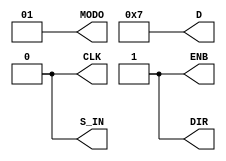
module probador
  ( 
    output reg 	     CLK,
    output reg 	     ENB,
    output reg 	     DIR,
    output reg 	     S_IN,
    output reg [1:0] MODO,
    output reg [3:0] D
    );


   initial
     begin

        CLK <= 0;
        ENB <= 0;
        S_IN <= 1;
	D <= 4'b0000;
        MODO <= 2'b10;
        DIR <= 0;

	#42 ENB <= 1;

        #10 $display("   Parallel charge");
        #30 D <= 4'b0001;
        #30 D <= 4'b0011;
        #30 D <= 4'b0111;
        #30 D <= 4'b1111;
	
        //Rotation to the left
        #100 $display("    Rotation to the left");
        D <= 4'b0000;
        MODO <= 2'b10;

        #100 MODO <= 2'b00;

        //Rotation to the right
        #200 $display("   Rotation to the right");
        DIR <= 1;
        S_IN <= 0;

        //Circular rotation to the left
        #200 $display("   Circular rotation to the left");
        MODO <= 2'b10;
        D <= 4'b0111;

        #200 MODO <= 2'b01;
        DIR <= 0;

        //Circular rotation to the right
        #200 $display("   Circular rotation to the right");
        DIR <= 1;

     end

   
   always
     begin
        #20 CLK <= ~CLK;
     end


endmodule // probador